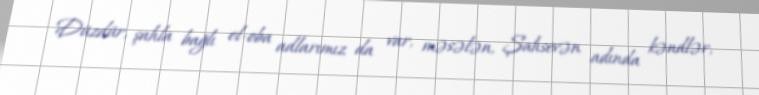
Düzdür, şahla bağlı el-oba adlarımız da var, məsələn, Şahsevən adında kəndlər,